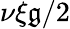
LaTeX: \nu\xi\mathfrak{g}/2